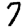
Digit: 7